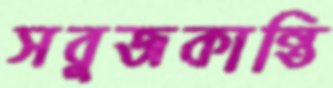
সবুজকান্তি